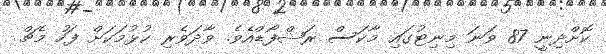
ކޮށްދިނީ 87 ވަނަ މިނިޓުގައި މާކަސް ރަޝްފޯޑްއެވެ. ވާދަވެރި ކުޅުމަކަށް ފަހު މެޗް